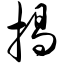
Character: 揭